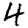
Digit: 4